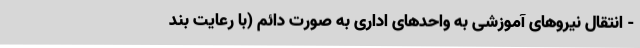
- انتقال نیروهای آموزشی به واحدهای اداری به صورت دائم (با رعایت بند